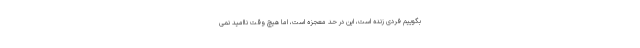
بگوییم فردی زنده است، این در حد معجزه است، اما هیچ وقت ناامید نمی